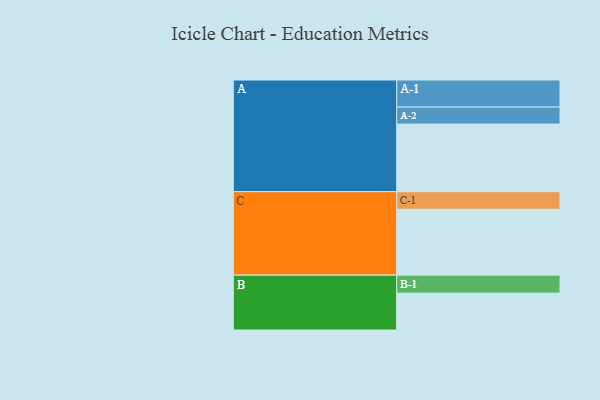
{"axis": {"x": "Segment", "y": "Value"}, "legend": ["", "A", "B", "C"], "data": [{"x": "A", "y": 595, "type": ""}, {"x": "B", "y": 325, "type": ""}, {"x": "C", "y": 580, "type": ""}, {"x": "A-1", "y": 238, "type": "A"}, {"x": "A-2", "y": 150, "type": "A"}, {"x": "B-1", "y": 158, "type": "B"}, {"x": "C-1", "y": 155, "type": "C"}]}